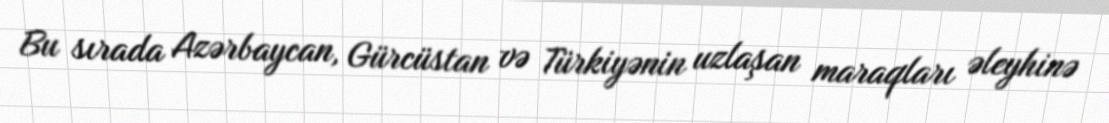
Bu sırada Azərbaycan, Gürcüstan və Türkiyənin uzlaşan maraqları əleyhinə